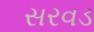
સરવડ